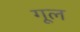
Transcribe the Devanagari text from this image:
गूल